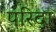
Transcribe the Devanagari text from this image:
परिदा